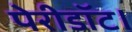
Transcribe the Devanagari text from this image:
पेरीडॉट।